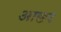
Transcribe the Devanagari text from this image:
आछर